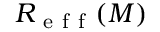
R _ { \mathrm { ~ e ~ f ~ f ~ } } ( M )